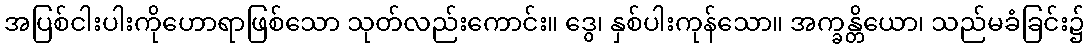
အပြစ်ငါးပါးကိုဟောရာဖြစ်သော သုတ်လည်းကောင်း။ ဒွေ၊ နှစ်ပါးကုန်သော။ အက္ခန္တိယော၊ သည်မခံခြင်း၌